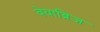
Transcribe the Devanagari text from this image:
वेयाब्रिज